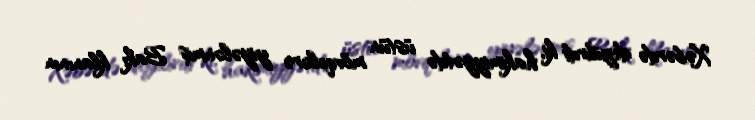
Xəbərdə deyilirdi ki, hakimiyyətdə üstün mövqelərə yiyələnmiş Bakı klanının